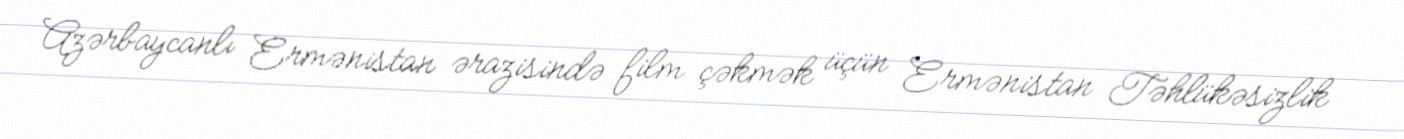
Azərbaycanlı Ermənistan ərazisində film çəkmək üçün Ermənistan Təhlükəsizlik